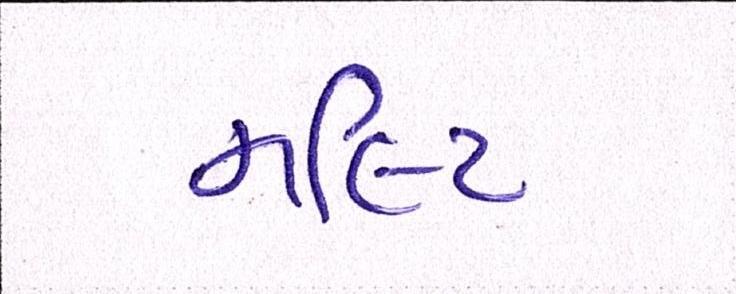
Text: મલ્ટિ